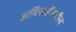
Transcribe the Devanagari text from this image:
अमिरातींमधील